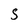
Character: s